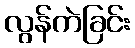
လွန်ကဲခြင်း